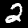
Label: 2